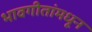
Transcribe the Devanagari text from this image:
भावगीतांमधून